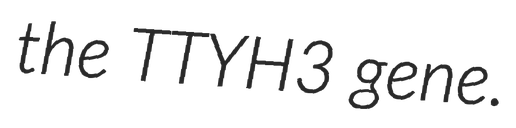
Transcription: the TTYH3 gene.